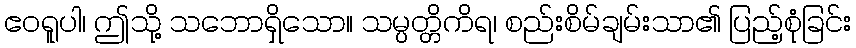
ဧဝရူပါ၊ ဤသို့ သဘောရှိသော။ သမ္ပတ္တိကိရ၊ စည်းစိမ်ချမ်းသာ၏ ပြည့်စုံခြင်း